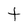
Character: t